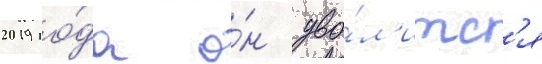
2019 го́да о́н уво́л'итс'я